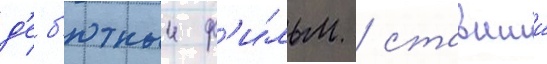
д'еб'ютныи ф'и́льм / ставшии